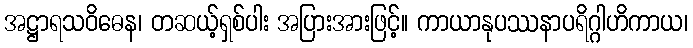
အဋ္ဌာရသဝိဓေန၊ တဆယ့်ရှစ်ပါး အပြားအားဖြင့်။ ကာယာနုပဿနာပရိဂ္ဂါဟိကာယ၊